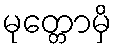
မုတ္တောမှိ